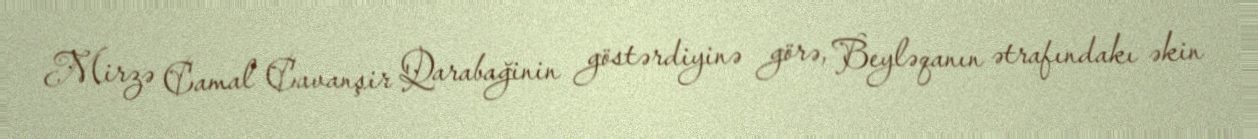
Mirzə Camal Cavanşir Qarabağinin göstərdiyinə görə, Beyləqanın ətrafındakı əkin